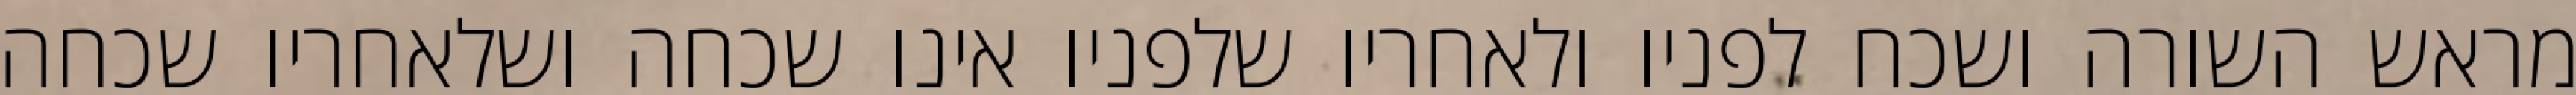
מראש השורה ושכח לפניו ולאחריו שלפניו אינו שכחה ושלאחריו שכחה